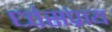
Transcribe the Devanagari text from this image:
ध्वंसप्राय